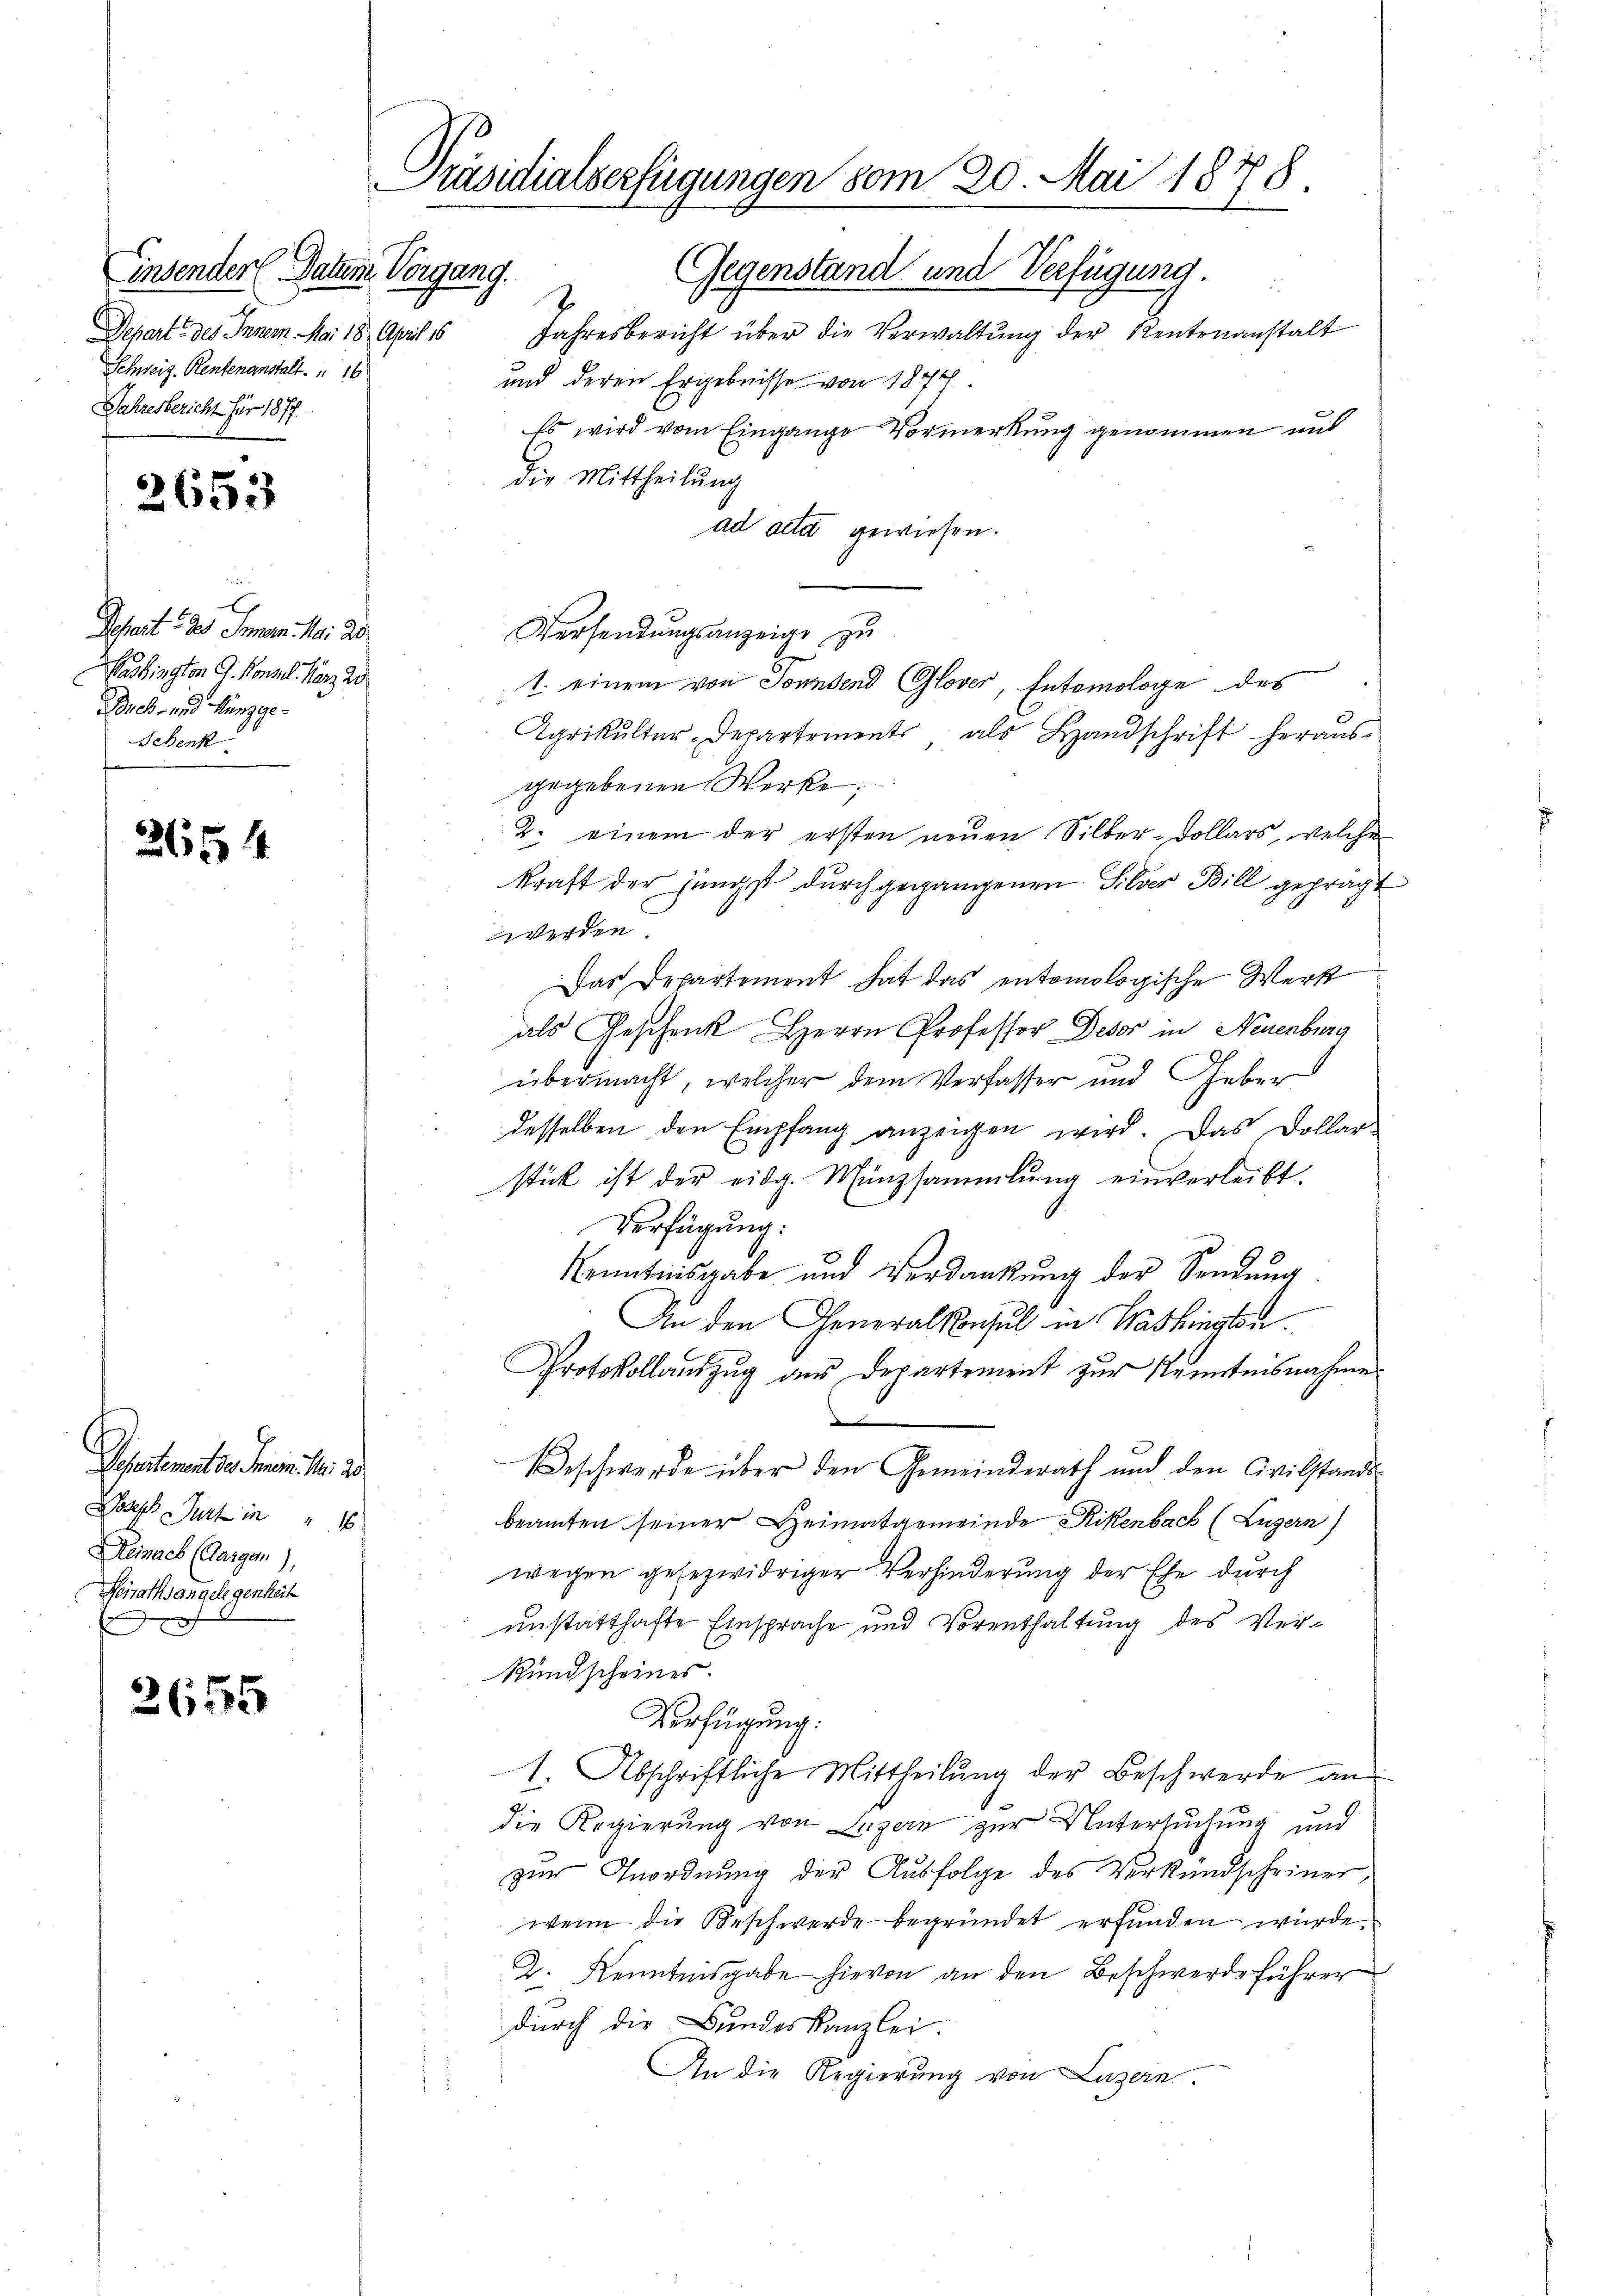
Einsender Datum Vorgang.
Schweiz. Rentenanstalt. 16
Jahresbericht für 1877.

2653

Beseit 5 des Innen. Mai de
Washington G. Konsil. März 20
nes- und Münzge¬
Schenk

2654

Schentemente Toni d. 23.
Joseph Partin " 16
Reinach (Aargau),
Reirathsangelegenheit

2655

Präsidialserfügungen vom 20. Mai 1878.
Gegenstand und Verfügung.
7.

Schert des Inner. Mai 18. April 16 Jahresbericht über die Verwaltŭng der Rentenanstalt
und deren Ergebnisse von 1874
Es wird vom Eingange Vormerkung genommen und
die Mittheilung
ad acta gewiesen.
Versendungsanzeige, zu
1. einem von Sonntend Glover, Entemologe des
Agrikultur-Departements, als Handschrift heraus-
gegebenen Werke
2. einem der ersten neuen Silber-Dollars, welche
kraft der jüngst durchgegangenen Silver Bill geprägt
werden.
Das Departement hat das entomologische Werst
als Geschenk Herrn Professor Deser in Neuenburg
übermacht, welcher dem Verfasser und Geber
desselben den Empfang anzeigen wird. Das Dollar-
stück ist der eidg. Münzsammlung einverleibt.
Verfügung:
Kenntnisgabe und Verdankung der Sendung
An den Generalkonsul in Washingten.
Protokollauszug des Departement zur Kenntnisnahme
M
eschwerde über den Gemeinderath und den Civilstands-
beamten seiner Heimatgemeinde Rikenbach (Luzern)
wegen gesezwidriger Verhinderung der Ehe durch
unstatthafte Einsprache und Vorenthaltung des Ver¬
Rundscheines.
Verfügung:
1. Abschriftliche Mittheilŭng der Beschwerde an
die Regierung von Luzern zur Untersuchung und
zur Anordnung der Ausfolge des Verkündscheiner,
wenn die Beschwerde begründet erfunden wurde.
D. Kenntnisgabe hievon an den Beschwerde führer
durch die Bundeskanzlei.
An die Regierung von Luzern.